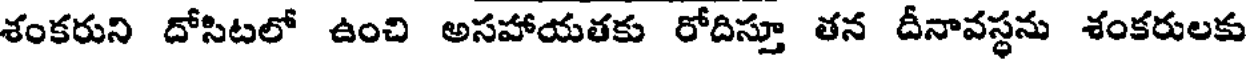
శంకరుని దోసిటలో ఉంచి అసహాయతకు రోదిస్తూ తన దీనావస్థను శంకరులకు